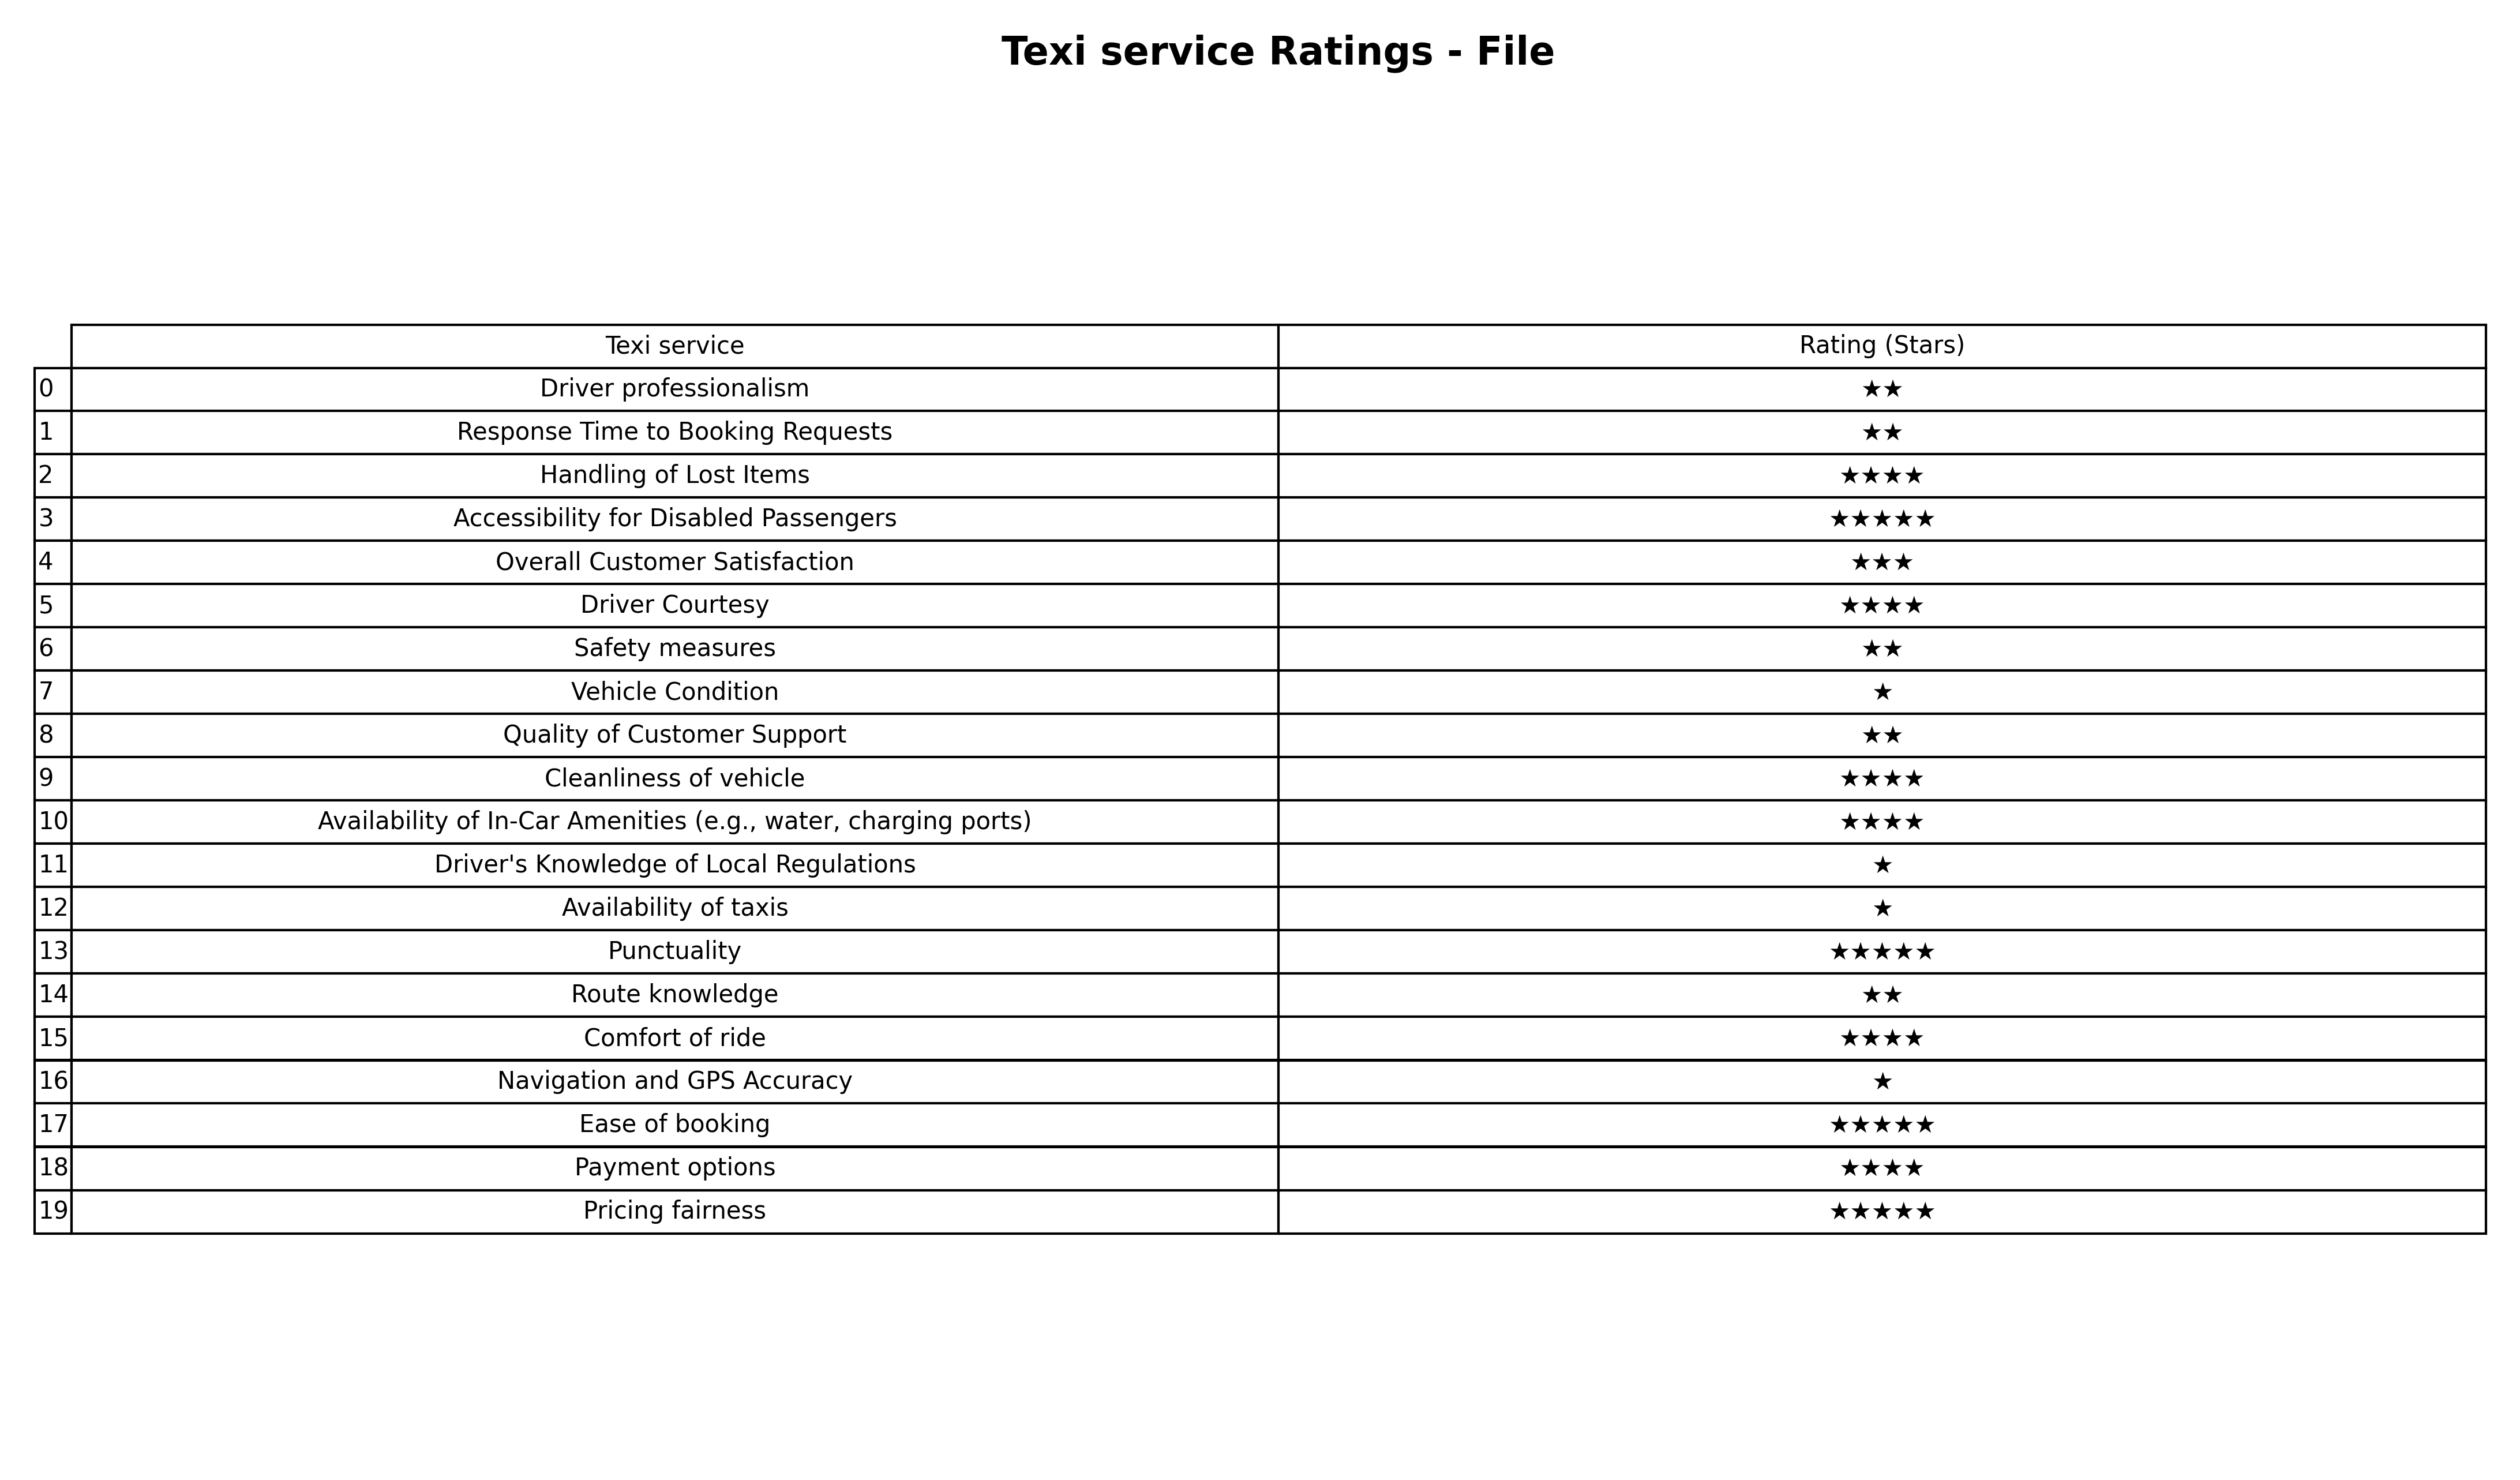
question: What is the rating of Quality of Customer Support?
answer: ★★